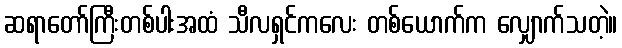
ဆရာတော်ကြီးတစ်ပါးအထံ သီလရှင်ကလေး တစ်ယောက်က လျှောက်သတဲ့။